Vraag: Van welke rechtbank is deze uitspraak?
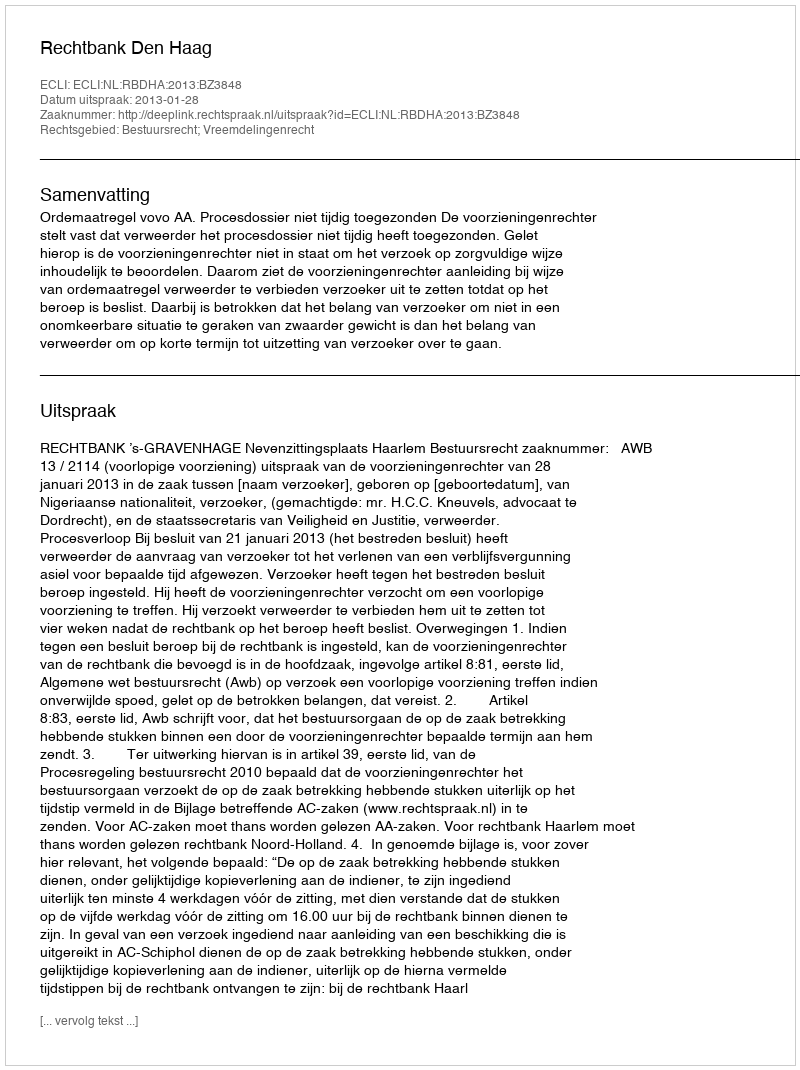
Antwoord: Rechtbank Den Haag